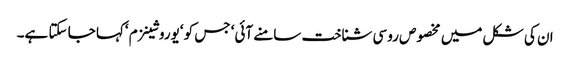
ان کی شکل میں مخصوص روسی شناخت سامنے آئی‘ جس کو ‘یوروشینزم ‘کہا جا سکتا ہے۔